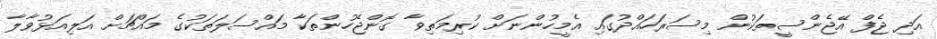
އަދި ޖެފް އޭޖެންސީތަކުން މިސަރަހައްދުގައި އެމީހުންނަށް ކުރިމަތިވާ ގޮންޖެހުންތަކާ މައްސަލަތަކުގެ މައްޗަށް އަލިއަޅުވާލާ